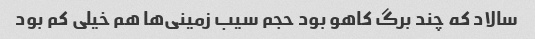
سالاد که چند برگ کاهو بود حجم سیب زمینی‌ها هم خیلی کم بود